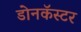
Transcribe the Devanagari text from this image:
डोनकॅस्टर